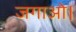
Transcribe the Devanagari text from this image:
जगाओ।